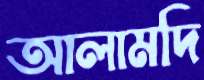
আলামদি